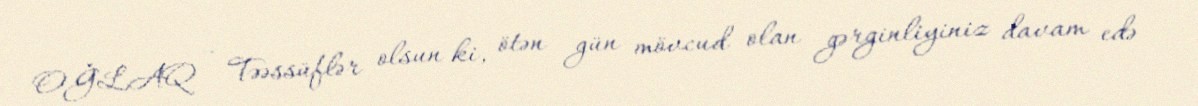
OĞLAQ – Təəssüflər olsun ki, ötən gün mövcud olan gərginliyiniz davam edə